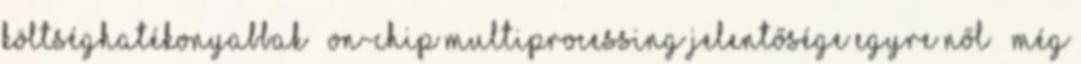
költséghatékonyabbak ● On-chip multiprocessing jelentősége egyre nől – Még